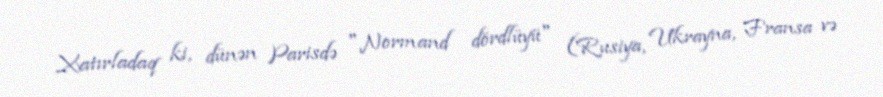
Xatırladaq ki, dünən Parisdə "Normand dördlüyü" (Rusiya, Ukrayna, Fransa və